Annual report of the Prince of Wales Medical College, Patna
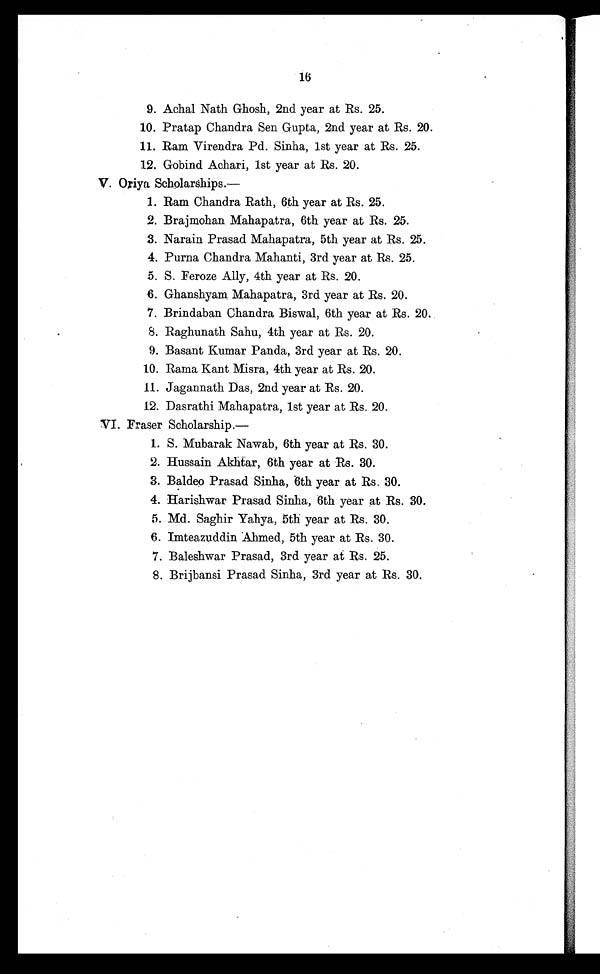
16
9. Achal Nath Ghosh, 2nd year at Rs. 25.
10. Pratap Chandra Sen Gupta, 2nd year at Rs. 20.
11. Ram Virendra Pd. Sinha, 1st year at Rs. 25.
12. Gobind Achari, 1st year at Rs. 20.
V. Oriya Scholarships.—
1. Ram Chandra Rath, 6th year at Rs. 25.
2. Brajmohan Mahapatra, 6th year at Rs. 25.
3.
3. Narain Prasad Mahapatra, 5th year at Rs. 25.
4. Purna Chandra Mahanti, 3rd year at Rs. 25.
5. S. Feroze Ally, 4th year at Rs. 20.
6. Ghanshyam Mahapatra, 3rd year at Rs. 20.
7. Brindaban Chandra Biswal, 6th year at Rs. 20.
8. Raghunath Sahu, 4th year at Rs. 20.
9. Basant Kumar Panda, 3rd year at Rs. 20.
10. Rama Kant Misra, 4th year at Rs. 20.
11. Jagannath Das, 2nd year at Rs. 20.
12. Dasrathi Mahapatra, 1st year at Rs. 20.
VI. Fraser Scholarship.—
1. S. Mubarak Nawab, 6th year at Rs. 30.
2. Hussain Akhtar, 6th year at Rs. 30.
3. Baldeo Prasad Sinha, 6th year at Rs. 30.
4. Harishwar Prasad Sinha, 6th year at Rs. 30.
5. Md. Saghir Yahya, 5th year at Rs. 30.
6. Imteazuddin Ahmed, 5th year at Rs. 30.
7. Baleshwar Prasad, 3rd year at Rs. 25.
8. Brijbansi Prasad Sinha, 3rd year at Rs. 30.